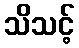
သိသင့်